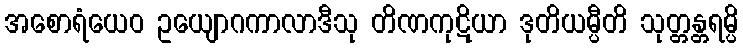
အစောရံယေဝ ဥယျောဂကာလာဒီသု တိဏကုဋိယာ ဒုတိယမ္ပီတိ သုတ္တန္တရမ္ပိ